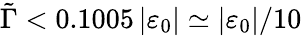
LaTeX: \tilde{\Gamma}<0.1005\left\vert\varepsilon_{0}\right\vert\simeq\left\vert\varepsilon_{0}\right\vert/10